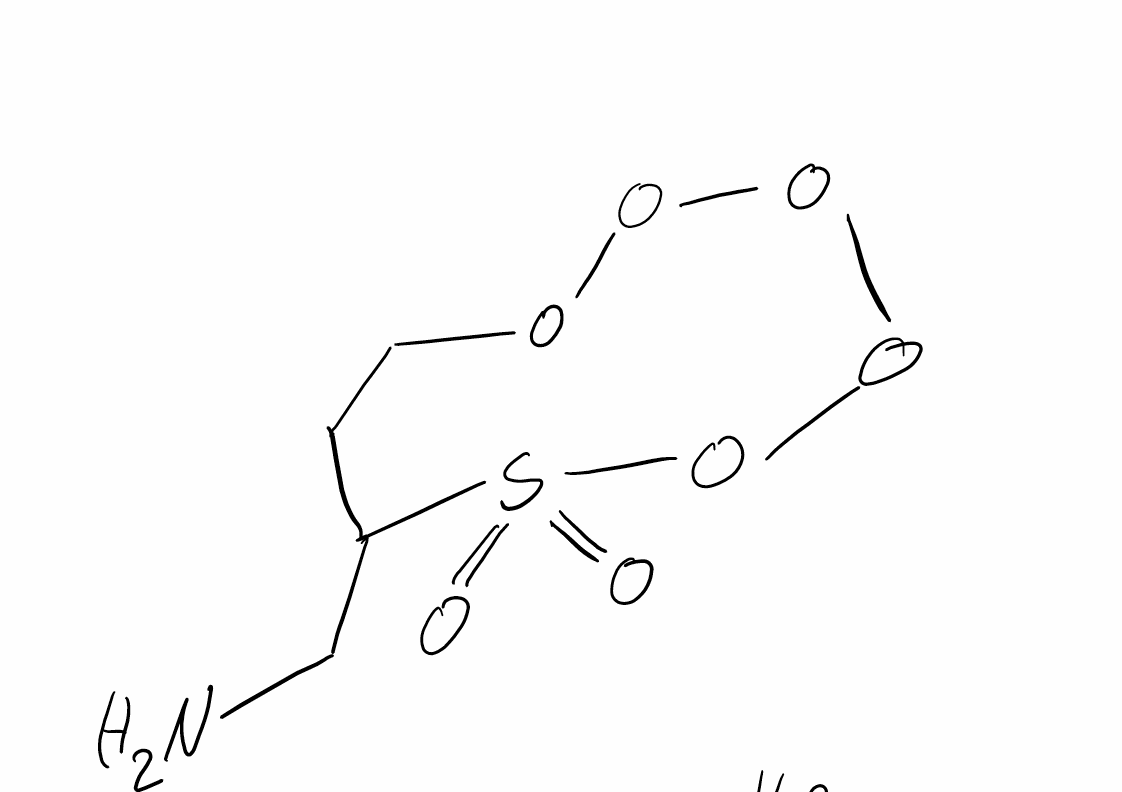
Simplified molecular-input line-entry system (SMILES) notation of the given molecule:
C1COOOOOS(=O)(=O)C1CN